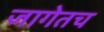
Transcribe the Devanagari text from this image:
जागेतच